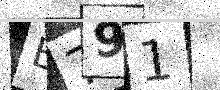
Text: B791